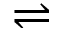
\rightleftharpoons